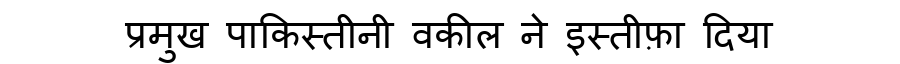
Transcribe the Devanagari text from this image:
प्रमुख पाकिस्तीनी वकील ने इस्तीफ़ा दिया